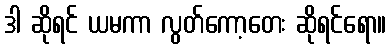
ဒါ ဆိုရင် ယမကာ လွတ်ကော့တေး ဆိုရင်ရော။